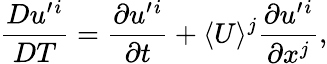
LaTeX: \frac{Du^{\prime}{}^{i}}{DT}=\frac{\partial u^{\prime}{}^{i}}{\partial t}+\langle U\rangle^{j}\frac{\partial u^{\prime}{}^{i}}{\partial x^{j}},